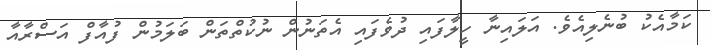
ކަމާއެކު ބުނެލިއެވެ. އަލައިނާ ހީލާފައި ދުވެފައި އެތަނުން ނުކުތްތަން ބަލަމުން ފުއާފް އަސްރާއާ